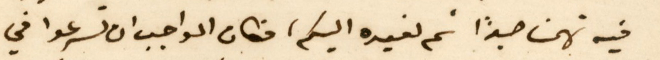
فيه تهمنا جدًا ثم نعيده اليكم، فكان الواجب ان تسرعوا في